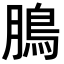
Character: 𩿊